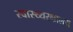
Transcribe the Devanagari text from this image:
स्वास्थ्यरक्षालय